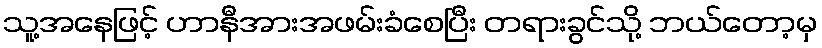
သူ့အနေဖြင့် ဟာနီအားအဖမ်းခံစေပြီး တရားခွင်သို့ ဘယ်တော့မှ